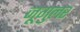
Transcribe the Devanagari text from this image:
जूगुलर